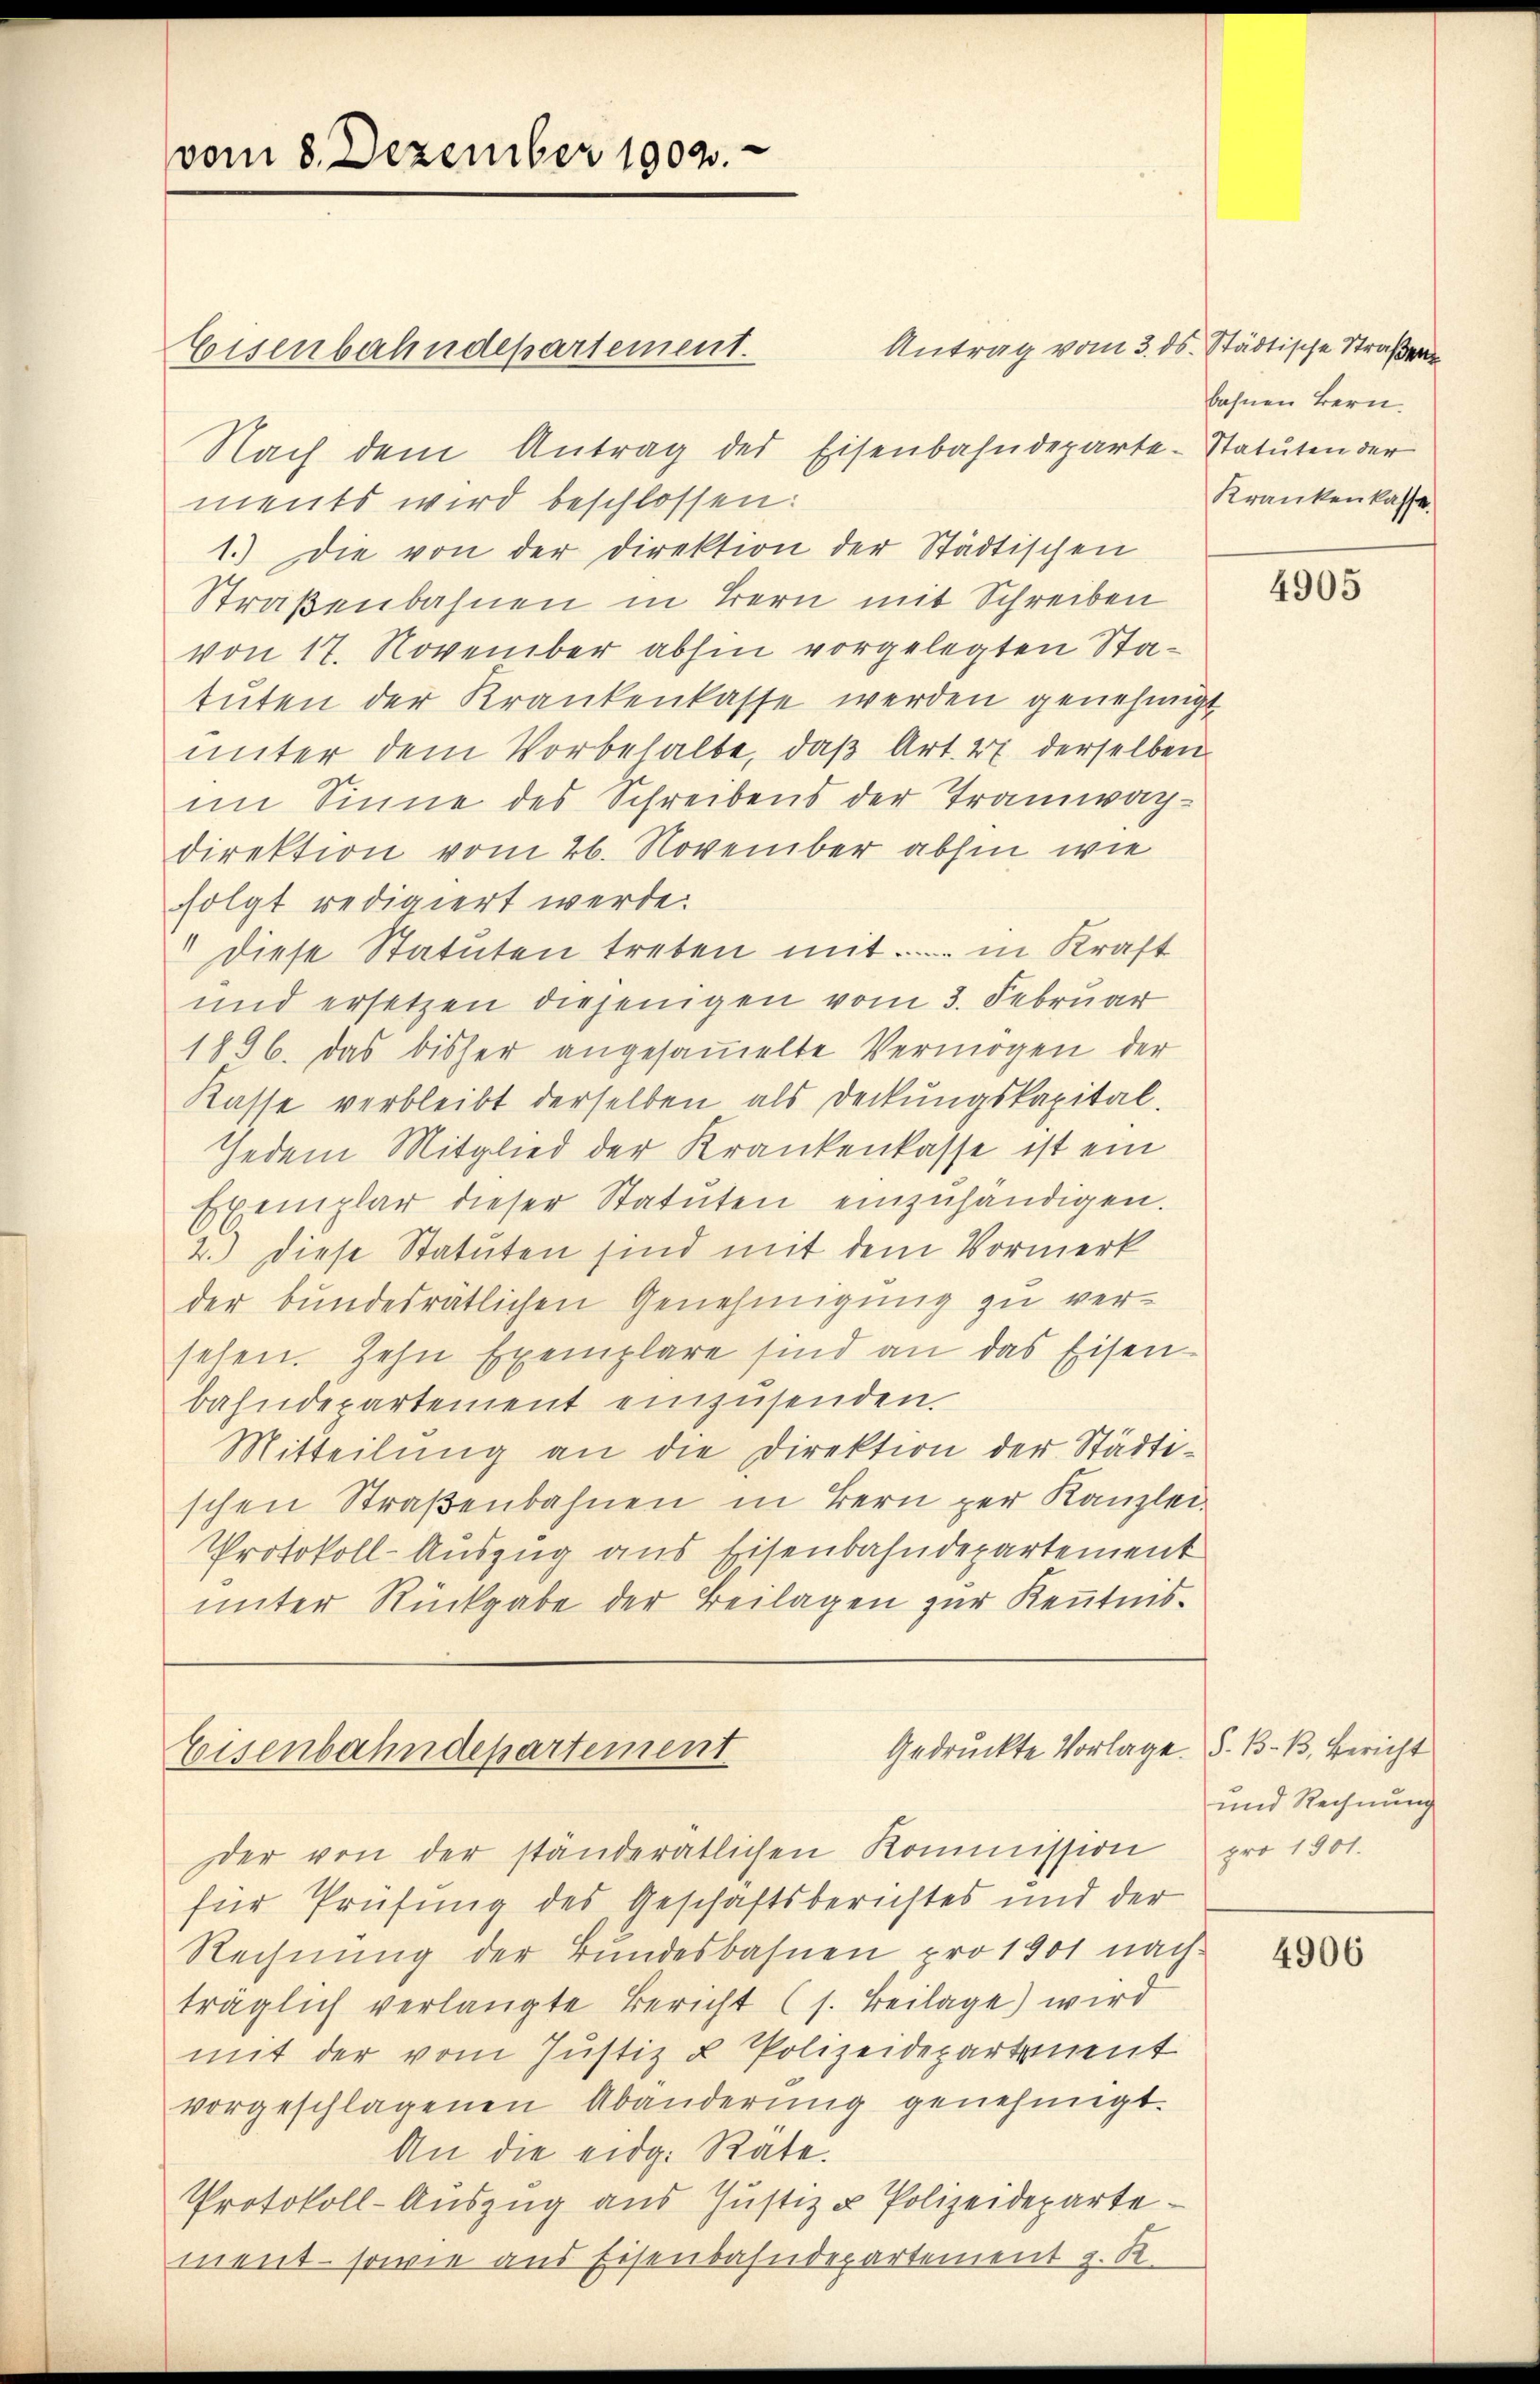
vom 8. Dezember 1902.

Antrag vom 3. ds. Städtische Straßen
Nach dem Antrag des Eisenbahndeparte-Statuten der
ments wird beschlossen:
1.) Die von der Direktion der Städtischen
Straßenbahnen in Bern mit Schreiben
von 17. November abhin vorgelegten Statuten der Krankenkasse werden genehmigt
ŭnter dem Vorbehalte, daβ Art. 27 derselben
im Sinne des Schreibens der Tramwachdirektion vom 26. November abhin wie
folgt redigiert werde.
" diese Statuten treten mit ....... in Kraft
und ersetzen diejenigen vom 3. Februar
1896. Das bisher angesammelte Vermögen der
Kasse verbleibt derselben als Deckungskapital.
Jedem Mitglied der Krankenkasse ist ein
Exemplar dieser Statŭten einzuhändigen.
2.) Diese Statuten sind mit dem Vormerk
der bundesrätlichen Genehmigung zu versehen. Zehn Exemplare sind an das Eisenbahndepartement einzusenden.
Mitteilŭng an die Direktion der Städti-
schen Straßenbahnen in Bern per Kanzlei-
Protokoll-Auszug aus Eisenbahndepartement
unter Rückgabe der Beilagen zur Kenntnis¬

Eisenbahndepartement.

Gedruckte Vorlage. S. B. B. Bericht
Eisenbahndepartement

er von der ständeratlichen Kommission
für Prüfung des Geschäftsberichtes und der
Rechnŭng der Bŭndesbahnen pro 1901 nach-
träglich verlangte Bericht (s. Beilage) wird
mit der vom Justiz & Polizeidepartement
vorgeschlagenen Abänderung genehmigt.
An die eidg. Räte.
Protokoll-Auszug aus Justiz & Polizeideparte
ment - sowie aus Eisenbahndepartement z. R.

bahnen Bern.
Krankenkasse

4905

und Rechnung
pro 1901.

4906